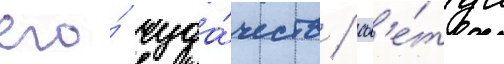
его́ чуда́честв / сов'е́туа